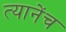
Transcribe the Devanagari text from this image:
त्यानेंच